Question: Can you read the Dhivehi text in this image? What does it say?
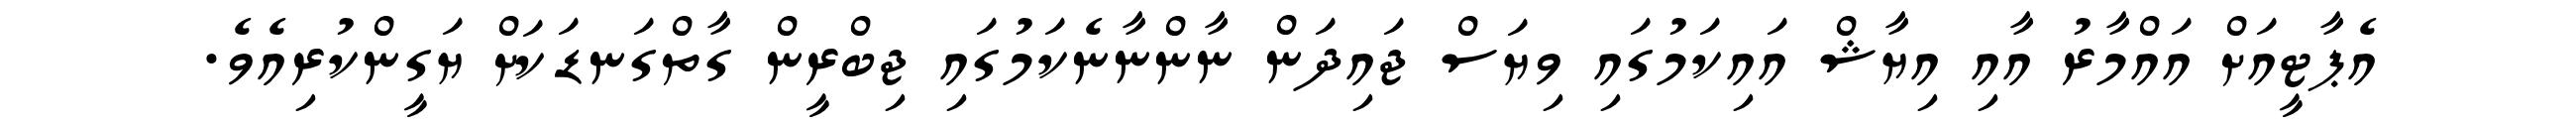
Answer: އެޕާޓީއަށް އައްމާރު އާއި އިޔާޝް އައިކަމުގައި ވިޔަސް ޖައިދަން ނާންނާނެކަމުގައި ޖިބްރީން ގާތްގަނޑަކަށް ޔަގީންކުރިއެވެ.